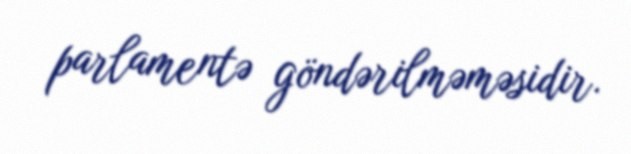
parlamentə göndərilməməsidir.